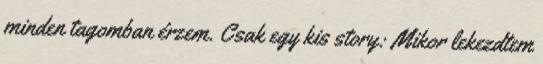
minden tagomban érzem. Csak egy kis story: Mikor lekezdtem